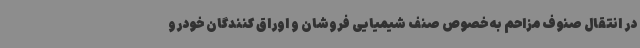
در انتقال صنوف مزاحم به خصوص صنف شیمیایی فروشان و اوراق کنندگان خودرو